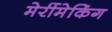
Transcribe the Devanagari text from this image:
मेर्रीमेकिंग